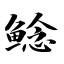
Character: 鲶